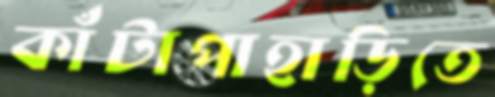
কাঁটাপাহাড়িতে